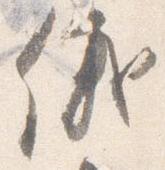
儀